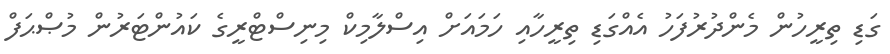
ގަޑި ތިރީހުން މެންދުރުފަހު އެއްގަޑި ތިރީހާއި ހަމައަށް އިސްލާމިކް މިނިސްޓްރީގެ ކައުންޓަރުން މުޞްޙަފް